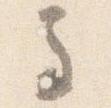
馬